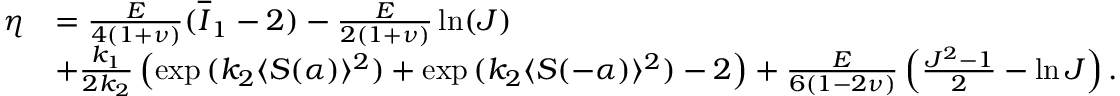
\begin{array} { r l } { \eta } & { = \frac { E } { 4 ( 1 + \nu ) } ( \overline { { I } } _ { 1 } - 2 ) - \frac { E } { 2 ( 1 + \nu ) } \ln ( J ) } \\ & { + \frac { k _ { 1 } } { 2 k _ { 2 } } \left( \exp { ( k _ { 2 } \langle S ( \alpha ) \rangle ^ { 2 } } ) + \exp { ( k _ { 2 } \langle S ( - \alpha ) \rangle ^ { 2 } } ) - 2 \right) + \frac { E } { 6 ( 1 - 2 \nu ) } \left( \frac { J ^ { 2 } - 1 } { 2 } - \ln { J } \right) . } \end{array}